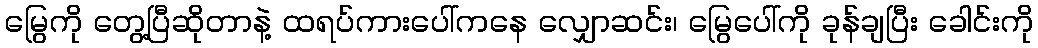
မြွေကို တွေ့ပြီဆိုတာနဲ့ ထရပ်ကားပေါ်ကနေ လျှောဆင်း၊ မြွေပေါ်ကို ခုန်ချပြီး ခေါင်းကို